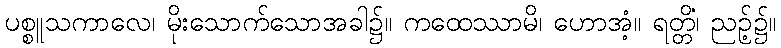
ပစ္စူသကာလေ၊ မိုးသောက်သောအခါ၌။ ကထေဿာမိ၊ ဟောအံ့။ ရတ္တိံ၊ ညဉ့်၌။